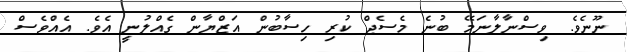
ނޫނެވެ. ވިސްނާލާނަމޭ ބުނެ މެސެޖް ކުރި ހިސާބުން އަޒްޔާން ގެއްލުނީ އެވެ. އެއްވެސް